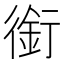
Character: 銜